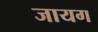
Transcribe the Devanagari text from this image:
जायग